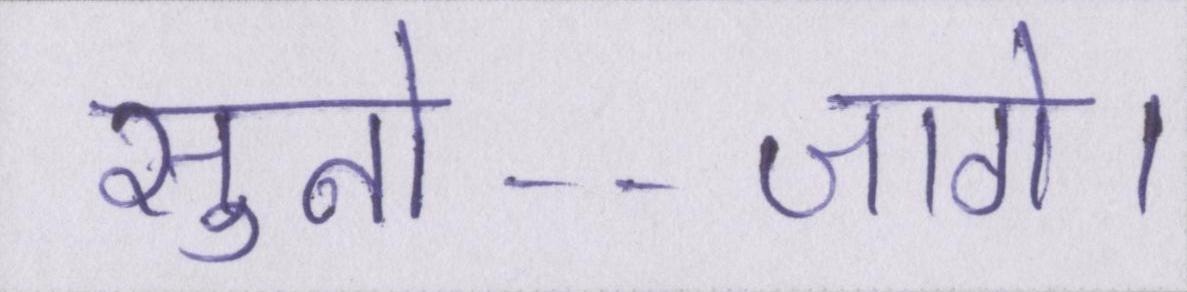
सुनो--जागे।